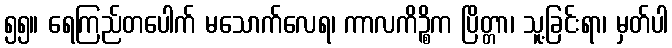
၅၅။ ရေကြည်တပေါက် မသောက်လေရ၊ ကာလကိဉ္စိက ပြိတ္တာ၊ သူ့ခြင်းရာ၊ မှတ်ပါ